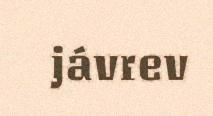
jávrev